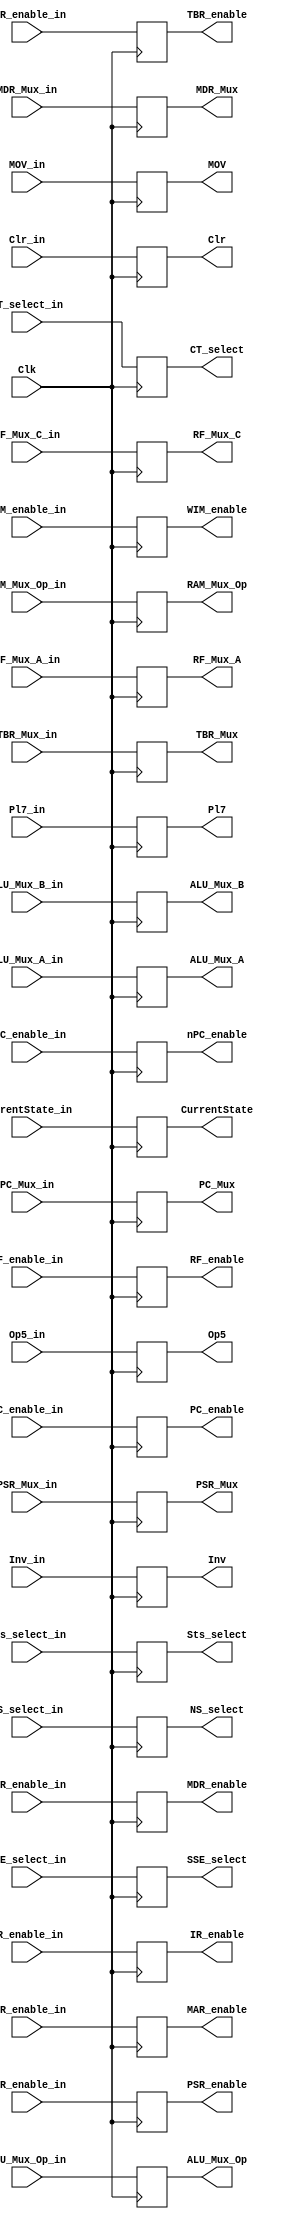
module Pipeline_register(

//control signals enables
output reg IR_enable, RF_enable, MAR_enable, MDR_enable, MOV, PC_enable, nPC_enable, PSR_enable, TBR_enable, WIM_enable,

//clear signals
output reg Clr,

//Mux select
output reg MDR_Mux, RAM_Mux_Op, TBR_Mux, ALU_Mux_Op, Inv, CT_select,
output reg [1:0]RF_Mux_C, RF_Mux_A, PC_Mux, SSE_select, Sts_select,
output reg [2:0]ALU_Mux_A, ALU_Mux_B, PSR_Mux, NS_select,

output reg [5:0]Op5,
output reg [7:0]Pl7,
output reg [7:0]CurrentState,

//control signals enables
input IR_enable_in, RF_enable_in, MAR_enable_in, MDR_enable_in, MOV_in, PC_enable_in, nPC_enable_in, PSR_enable_in, TBR_enable_in, WIM_enable_in,

//clear signals
input Clr_in,

//Mux select
input MDR_Mux_in, RAM_Mux_Op_in, TBR_Mux_in, ALU_Mux_Op_in, Inv_in, CT_select_in,
input [1:0]RF_Mux_C_in, RF_Mux_A_in, PC_Mux_in, SSE_select_in, Sts_select_in,
input [2:0]ALU_Mux_A_in, ALU_Mux_B_in, PSR_Mux_in, NS_select_in,

input [5:0]Op5_in,
input [7:0]Pl7_in,
input [7:0]CurrentState_in,

input Clk
);

always @ (posedge Clk)
	begin
		IR_enable <= IR_enable_in;
		RF_enable <= RF_enable_in;
		MAR_enable <= MAR_enable_in;
		MDR_enable <= MDR_enable_in;
		MOV <= MOV_in;
		PC_enable <= PC_enable_in;
		nPC_enable <= nPC_enable_in;
		PSR_enable <= PSR_enable_in;
		TBR_enable <= TBR_enable_in;
		WIM_enable <= WIM_enable_in;
		Clr <= Clr_in;
		MDR_Mux <= MDR_Mux_in;; 
		RAM_Mux_Op <= RAM_Mux_Op_in;
		TBR_Mux <= TBR_Mux_in;
		ALU_Mux_Op <= ALU_Mux_Op_in;
		Inv <= Inv_in;
		CT_select <= CT_select_in;
		RF_Mux_C <= RF_Mux_C_in;
		RF_Mux_A <= RF_Mux_A_in;
		PC_Mux <= PC_Mux_in;
		SSE_select <= SSE_select_in;
		Sts_select <= Sts_select_in;
		ALU_Mux_A <= ALU_Mux_A_in;
		ALU_Mux_B <= ALU_Mux_B_in;
		PSR_Mux <= PSR_Mux_in;
		NS_select <= NS_select_in;
		Op5 <= Op5_in;
		Pl7 <= Pl7_in;
		CurrentState <= CurrentState_in;
	end
endmodule